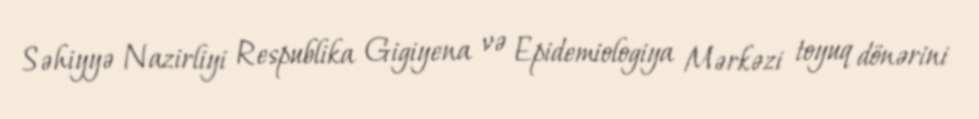
Səhiyyə Nazirliyi Respublika Gigiyena və Epidemiologiya Mərkəzi toyuq dönərini